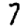
Digit: 7